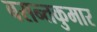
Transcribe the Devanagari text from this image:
बसन्तकुमार